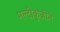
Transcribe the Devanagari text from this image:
मल्टीकुज़ीने